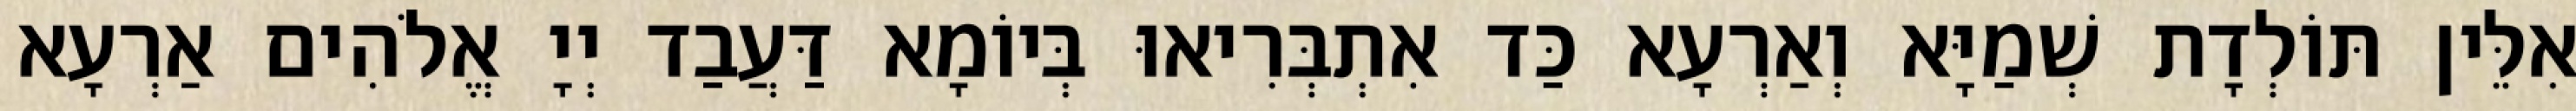
אִלֵּין תּוֹלְדָת שְׁמַיָּא וְאַרְעָא כַּד אִתְבְּרִיאוּ בְּיוֹמָא דַּעֲבַד יְיָ אֱלֹהִים אַרְעָא